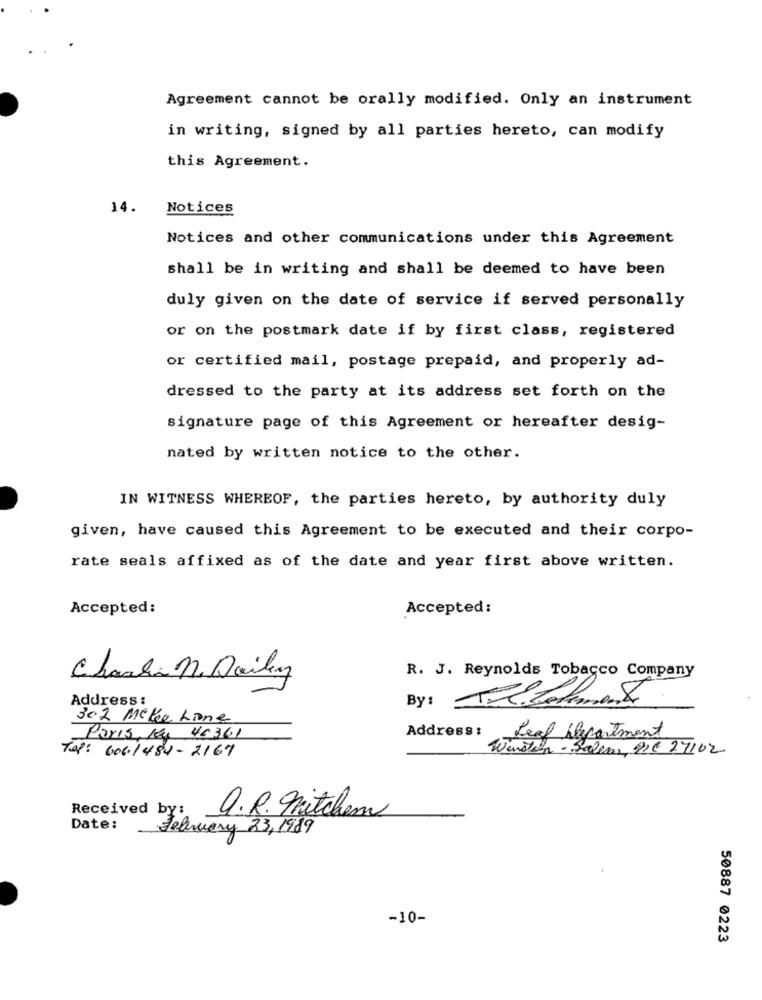
Agreement cannot be orally modified. Only an instrument
in writing, signed by all parties hereto, can modify
this Agreement.
14.
Notices
Notices and other communications under this Agreement
shall be in writing and shall be deemed to have been
duly given on the date of service if served personally
or on the postmark date if by first class, registered
or certified mail, postage prepaid, and properly ad-
dressed to the party at its address set forth on the
signature page of this Agreement or hereafter desig-
nated by written notice to the other.
IN WITNESS WHEREOF, the parties hereto, by authority duly
given, have caused this Agreement to be executed and their corpo-
rate seals affixed as of the date and year first above written.
Accepted:
Accepted:
R. J. Reynolds Tobacco Company
Charla n Daily
Address :
Bys Tétolement
302 Meke Lone
Address :
Paris, 1x 46361
Leaf Department
Tap: 606/484-2167
Winston - Salem De 27/02
Received by:
Q.R. Mitchem
Date:
February 23,1989
-10-
50887 0223